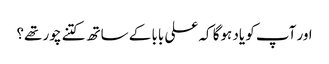
اور آپ کو یاد ہوگا کہ علی بابا کے ساتھ کتنے چور تھے؟